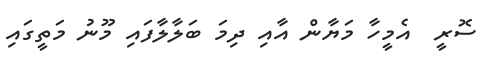
ސޮރީ  އެމީހާ މަޔާން އާއި ދިމަ ބަލާލާފައި މޫނު މަތީގައި